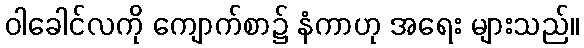
ဝါခေါင်လကို ကျောက်စာ၌ နံကာဟု အရေး များသည်။